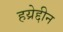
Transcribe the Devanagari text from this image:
हय्रेद्दीन